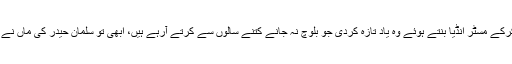
لیکن ابھی سلمان حیدر نے خود کو اپنی جادوئی چھڑی سے غائب کرکے مسٹر انڈیا بنتے ہوئے وہ یاد تازہ کردی جو بلوچ نہ جانے کتنے سالوں سے کرتے آرہے ہیں، ابھی تو سلمان حیدر کی ماں نے بھی غائب ہونا ہے، تب ہم سب ایک ہونگے بلوچ نہیں، بلکہ مظلوم۔